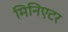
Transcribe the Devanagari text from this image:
मिनिएटर